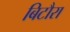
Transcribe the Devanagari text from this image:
बिटौरा